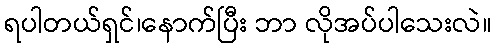
ရပါတယ်ရှင်၊နောက်ပြီး ဘာ လိုအပ်ပါသေးလဲ။